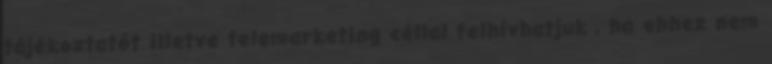
tájékoztatót illetve telemarketing céllal felhívhatjuk , ha ehhez nem